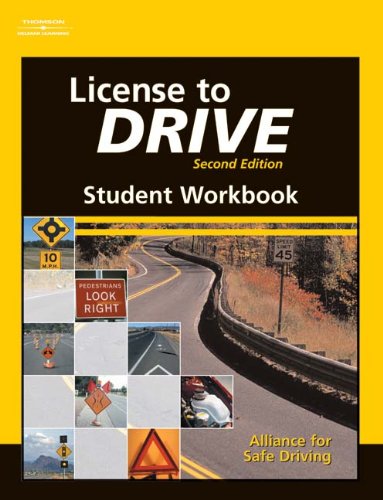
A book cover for Student Workbook for License to Drive, 2nd; Alliance for Safe Driving; Test Preparation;